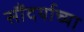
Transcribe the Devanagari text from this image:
सौंदर्याच्या